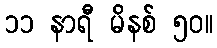
၁၁ နာရီ မိနစ် ၅၀။